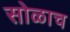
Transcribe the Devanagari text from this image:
सोळाच